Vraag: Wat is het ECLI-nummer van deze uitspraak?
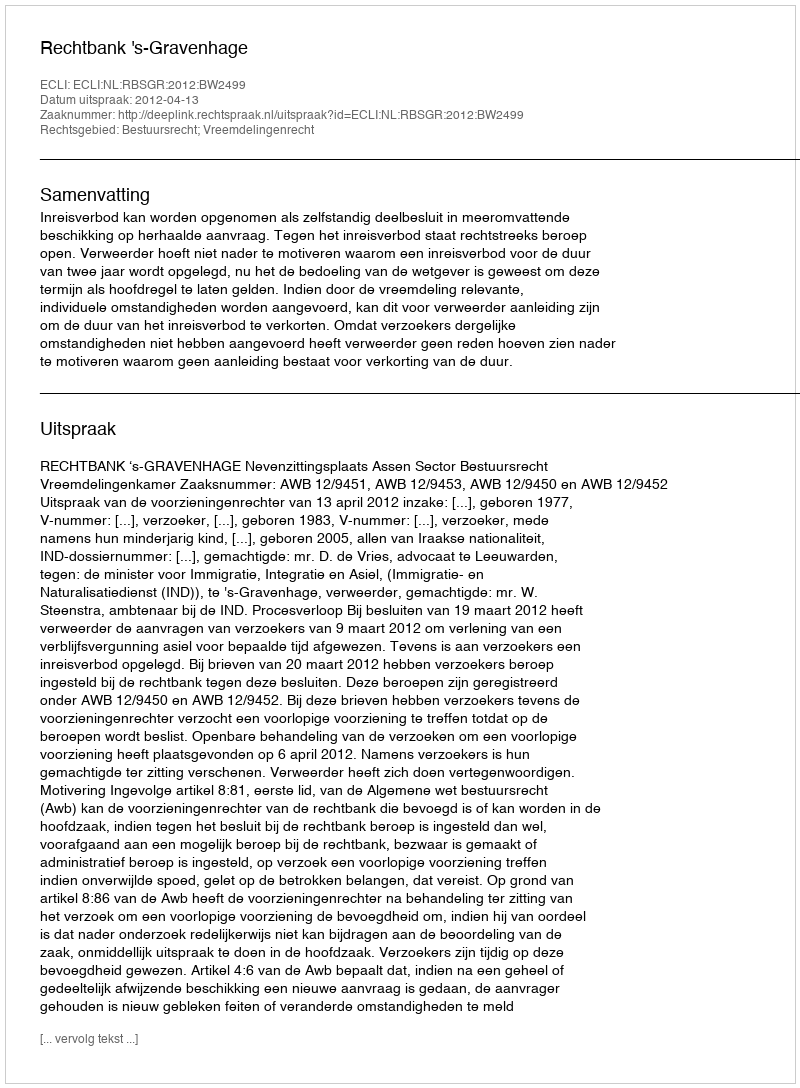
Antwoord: ECLI:NL:RBSGR:2012:BW2499